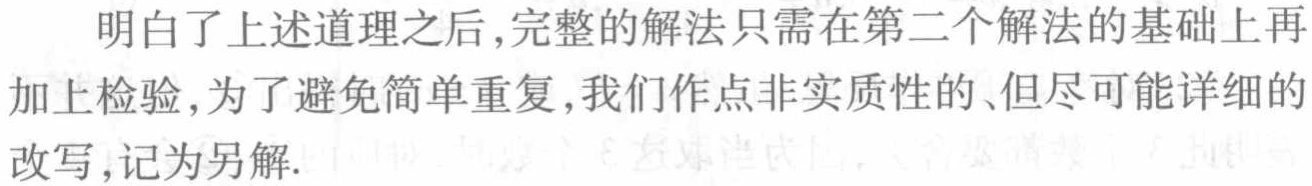
明白了上述道理之后,完整的解法只需在第二个解法的基础上再加上检验,为了避免简单重复,我们作点非实质性的、但尽可能详细的改写,记为另解.